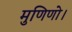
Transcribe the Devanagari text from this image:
मुणिणो।